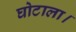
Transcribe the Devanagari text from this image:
घोटाला।